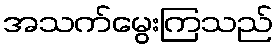
အသက်မွေးကြသည်